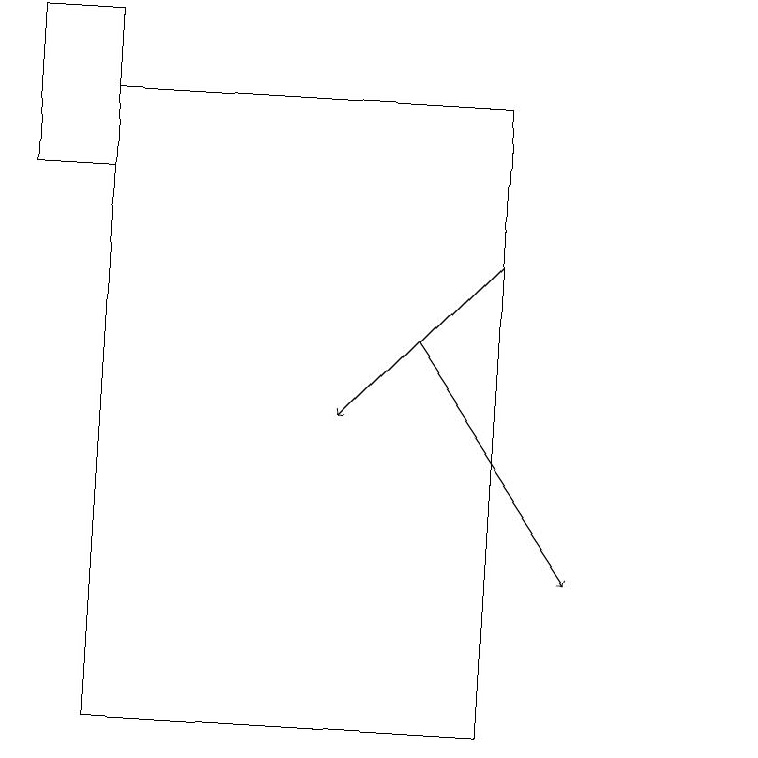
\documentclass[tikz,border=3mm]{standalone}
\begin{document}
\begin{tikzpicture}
\draw (10,12) circle (0);
\draw (1,19) rectangle (2,17);
\draw (7,18) rectangle (2,10);
\draw[->] (7,16) -- (5,14);
\draw[->] (6,15) -- (8,12);
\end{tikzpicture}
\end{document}